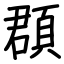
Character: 頵